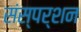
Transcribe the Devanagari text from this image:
संस्पर्शन